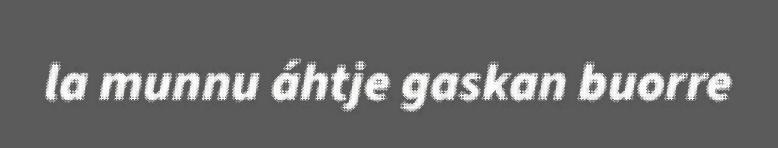
la munnu áhtje gaskan buorre